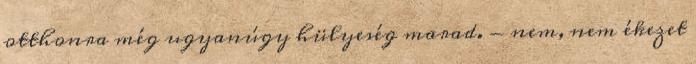
otthonra még ugyanúgy hülyeség marad. - nem, nem ékezet